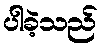
ပါခဲ့သည်